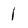
Character: 1